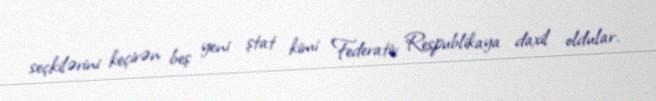
seçkilərini keçirən beş yeni ştat kimi Federativ Respublikaya daxil oldular.